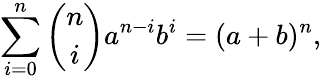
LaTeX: \sum_{i=0}^{n}{\binom{n}{i}}a^{n-i}b^{i}=(a+b)^{n},